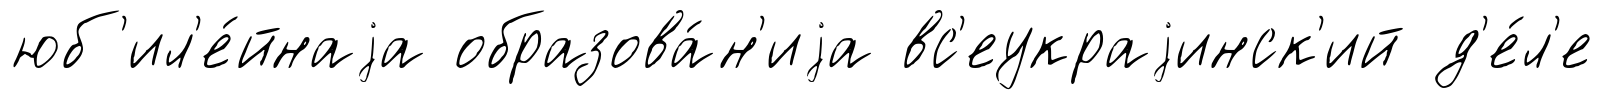
юб'ил'е́йнаjа образова́н'иjа вс'еукраjинск'ий д'е́л'е